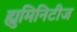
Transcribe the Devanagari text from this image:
ह्युमिनिटीज